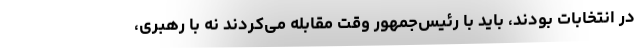
در انتخابات بودند، باید با رئیس‌جمهور وقت مقابله می‌کردند نه با رهبری،